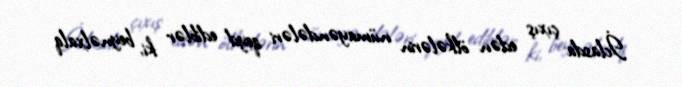
İclasda çıxış edən ölkələrin nümayəndələri qeyd ediblər ki, beynəlxalq